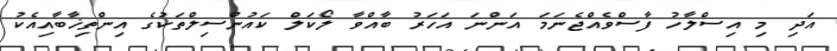
އަދި މި އިސްލާހު ފާސްވެއްޖެނަމަ އަންނަ އަހަރު ބާއްވާ ލޯކަލް ކައުންސިލްތަކުގެ އިންތިޚާބާއިއެކު